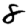
Digit: 8